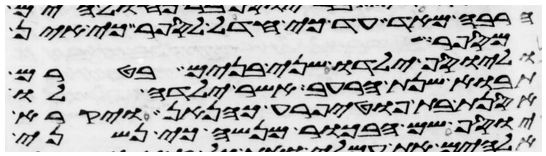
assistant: הרבה מאד עד כי חדל לספר כי אין
מספר
וליוסף ילדו שני בנים בטרם
תבוא שנת הרעב אשר ילדה לו
אסנת בת פוטיפרע כהנאן ויקרא
יוסף שם הבכור מנשה כי נשני